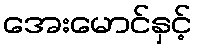
အေးမောင်နှင့်